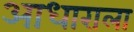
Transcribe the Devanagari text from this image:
आधाराला